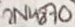
Text: 2N4870